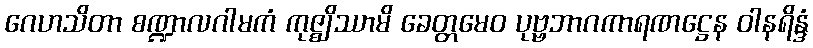
ဂေဟသိတာ စဏ္ဍာလဂါမကံ ကုဇ္ဈိဿာမိ ခေတ္တမေဝ ပုဗ္ဗဘာဂကာရဏဋ္ဌေန ဝါနရိန္ဒံ